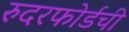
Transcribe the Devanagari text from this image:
रुदरफोर्डची